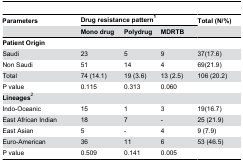
<table><thead><tr><td><b>Parameters </b></td><td colspan="3"><b>Drug resistance pattern<sup>1</sup></b></td><td><b>Total (N/%)</b></td></tr><tr><td></td><td><b>Mono drug</b></td><td><b>Polydrug</b></td><td><b>MDRTB</b></td><td></td></tr></thead><tbody><tr><td><b>Patient Origin</b></td><td></td><td></td><td></td><td></td></tr><tr><td>Saudi</td><td>23</td><td>5</td><td>9</td><td>37(17.6)</td></tr><tr><td>Non Saudi </td><td>51</td><td>14</td><td>4</td><td>69(21.9)</td></tr><tr><td>Total </td><td>74 (14.1)</td><td>19 (3.6)</td><td>13 (2.5)</td><td>106 (20.2)</td></tr><tr><td>P value</td><td>0.115</td><td>0.313</td><td>0.060</td><td></td></tr><tr><td><b>Lineages</b><sup>2</sup></td><td></td><td></td><td></td><td></td></tr><tr><td>Indo-Oceanic</td><td>15</td><td>1</td><td>3</td><td>19(16.7)</td></tr><tr><td>East African Indian</td><td>18</td><td>7</td><td>-</td><td>25 (21.9)</td></tr><tr><td>East Asian</td><td>5</td><td>-</td><td>4</td><td>9 (7.9)</td></tr><tr><td>Euro-American</td><td>36</td><td>11</td><td>6</td><td>53 (46.5)</td></tr><tr><td>P value </td><td>0.509</td><td>0.141</td><td>0.005</td><td></td></tr></tbody></table>